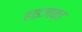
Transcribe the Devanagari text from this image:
हाइजाक्ड